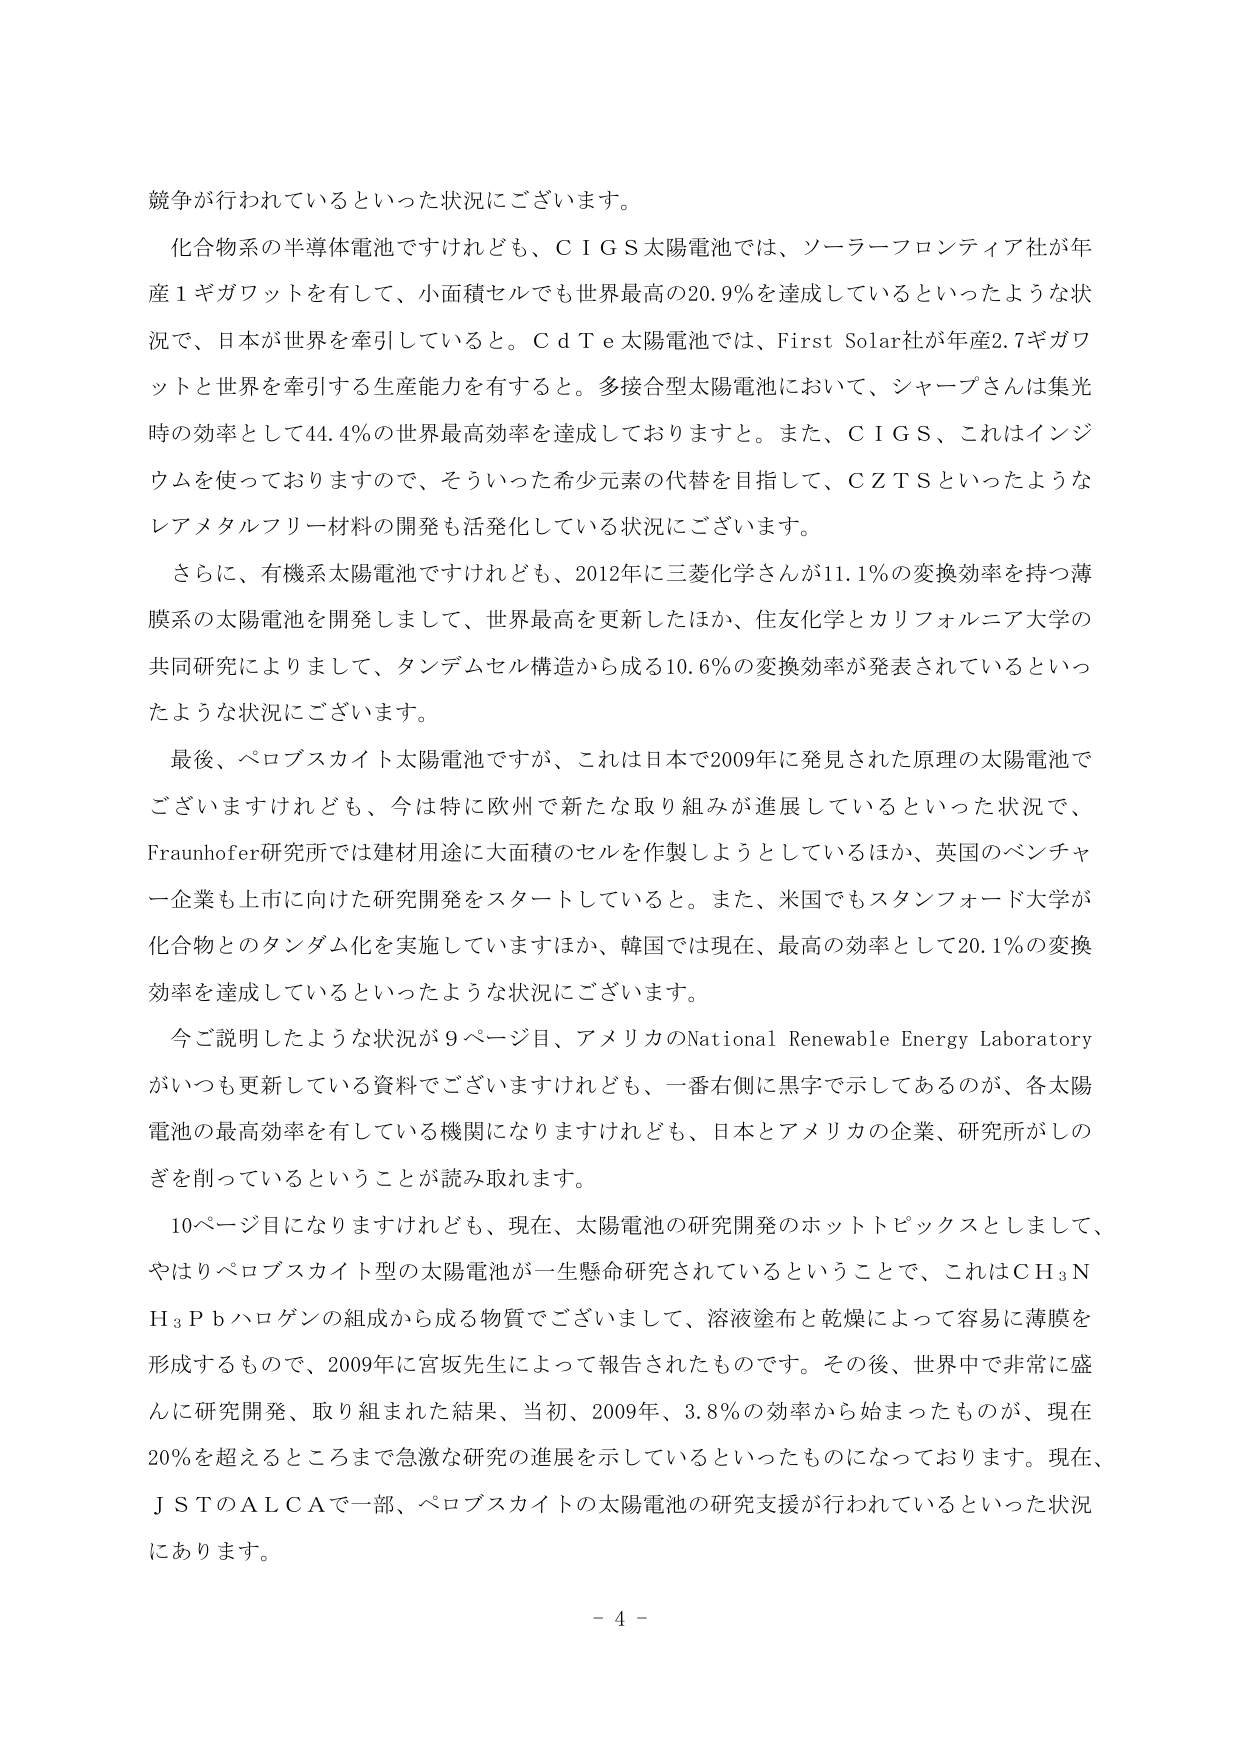
競争が行われているといった状況にございます。

化合物系の半導体電池ですけれども、ＣＩＧＳ太陽電池では、ソーラーフロンティア社が年産１ギガワットを有して、小面積セルでも世界最高の20.9％を達成しているといったような状況で、日本が世界を牽引していると。ＣｄＴｅ太陽電池では、First Solar社が年産2.7ギガワットと世界を牽引する生産能力を有すると。多接合型太陽電池において、シャープさんは集光時の効率として44.4％の世界最高効率を達成しておりますと。また、ＣＩＧＳ、これはインジウムを使っておりますので、そういった希少元素の代替を目指して、ＣＺＴＳといったようなレアメタルフリー材料の開発も活発化している状況にございます。

さらに、有機系太陽電池ですけれども、2012年に三菱化学さんが11.1％の変換効率を持つ薄膜系の太陽電池を開発しまして、世界最高を更新したほか、住友化学とカリフォルニア大学の共同研究によりまして、タンデムセル構造から成る10.6％の変換効率が発表されているといったような状況にございます。

最後、ペロブスカイト太陽電池ですが、これは日本で2009年に発見された原理の太陽電池でございますけれども、今は特に欧州で新たな取り組みが進展しているといった状況で、Fraunhofer研究所では建材用途に大面積のセルを作製しようとしているほか、英国のベンチャー企業も上市に向けた研究開発をスタートしていると。また、米国でもスタンフォード大学が化合物とのタンデム化を実施していますほか、韓国では現在、最高の効率として20.1％の変換効率を達成しているといったような状況にございます。

今ご説明したような状況が９ページ目、アメリカのNational Renewable Energy Laboratoryがいつも更新している資料でございますけれども、一番右側に黒字で示してあるのが、各太陽電池の最高効率を有している機関になりますけれども、日本とアメリカの企業、研究所がしのぎを削っているということが読み取れます。

10ページ目になりますけれども、現在、太陽電池の研究開発のホットピックスとして、やはりペロブスカイト型の太陽電池が一生懸命研究されているということで、これはＣＨ₃ＮＨ₃Ｐｂハロゲンの組成から成る物質でございまして、溶液塗布と乾燥によって容易に薄膜を形成するもので、2009年に宮坂先生によって報告されたものです。その後、世界中で非常に盛んに研究開発、取り組まれた結果、当初、2009年、3.8％の効率から始まったものが、現在20％を超えるところまで急激な研究の進展を示しているといったものになっております。現在、ＪＳＴのＡＬＣＡで一部、ペロブスカイトの太陽電池の研究支援が行われているといった状況にあります。

- 4 -